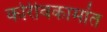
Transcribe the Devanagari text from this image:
कोरीवकामांत